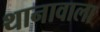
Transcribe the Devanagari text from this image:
थानावाला